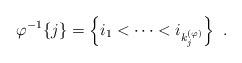
LaTeX: \begin{align*}\varphi^{-1}\{j\}= \left\{i_1<\dots<i_{k^{(\varphi)}_j}\right\}\ .\end{align*}